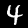
Label: 4